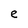
Character: e